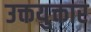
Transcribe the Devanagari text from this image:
उक्तयुक्तार